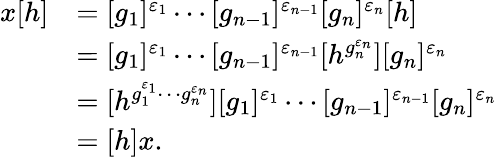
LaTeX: \begin{array}{rl}{x[h]}&{=[g_{1}]^{\varepsilon_{1}}\cdots[g_{n-1}]^{\varepsilon_{n-1}}[g_{n}]^{\varepsilon_{n}}[h]}\\ &{=[g_{1}]^{\varepsilon_{1}}\cdots[g_{n-1}]^{\varepsilon_{n-1}}[h^{g_{n}^{\varepsilon_{n}}}][g_{n}]^{\varepsilon_{n}}}\\ &{=[h^{g_{1}^{\varepsilon_{1}}\cdots g_{n}^{\varepsilon_{n}}}][g_{1}]^{\varepsilon_{1}}\cdots[g_{n-1}]^{\varepsilon_{n-1}}[g_{n}]^{\varepsilon_{n}}}\\ &{=[h]x.}\end{array}